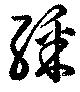
綵